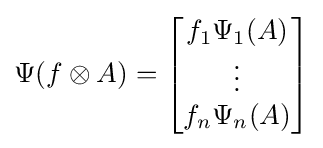
\Psi (f\otimes A)={\begin{bmatrix}f_{1}\Psi _{1}(A)\\\vdots \\f_{n}\Psi _{n}(A)\end{bmatrix}}